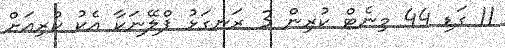
11 ގަޑި 44 މިނެޓް ކުރިން 3 ރަނގަޅު ޕްލޭނަކާ އެކު ކުރިއަށް